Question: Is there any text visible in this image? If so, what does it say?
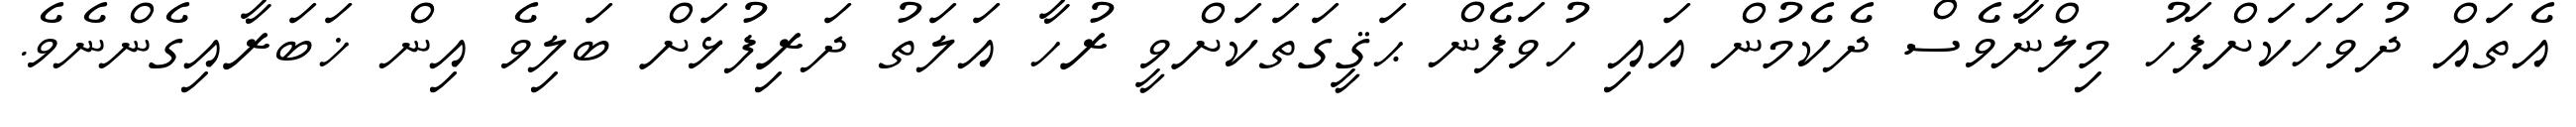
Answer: އެތައް ދުވަހަކަށްފަހު މިލްނާވެސް ދެކެމުން އައި ހުވަފެން ޙަޤީގަތަކަށްވީ ރުހާ އަލަތު ދަރިފުޅަށް ބަލިވެ އިން ޚަބަރާއިގެންނެވެ.